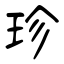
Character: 珍